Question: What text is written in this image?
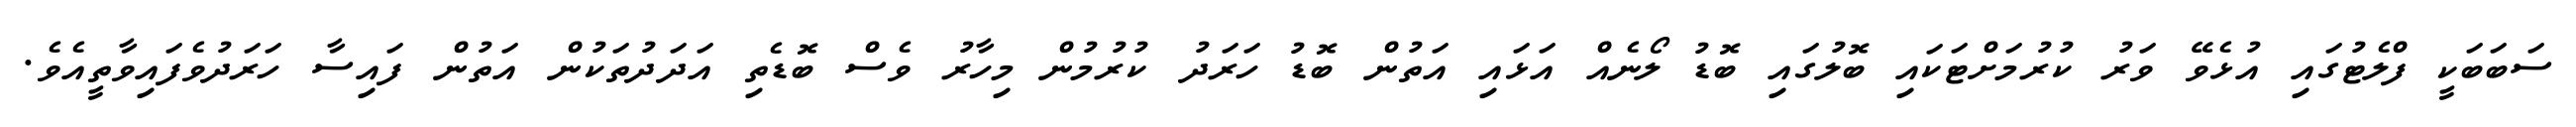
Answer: ސަބަބަކީ ފްލެޓުގައި އުޅެވޭ ވަރު ކުރުމަށްޓަކައި ބޮލުގައި ބޮޑު ލޯނެއް އަޅައި އަތުން ބޮޑު ހަރަދު ކުރުމުން މިހާރު ވެސް ބޮޑެތި އަދަދުތަކުން އަތުން ފައިސާ ހަރަދުވެފައިވާތީއެވެ.